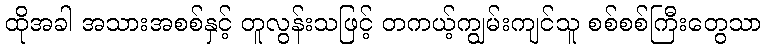
ထိုအခါ အသားအစစ်နှင့် တူလွန်းသဖြင့် တကယ့်ကျွမ်းကျင်သူ စစ်စစ်ကြီးတွေသာ